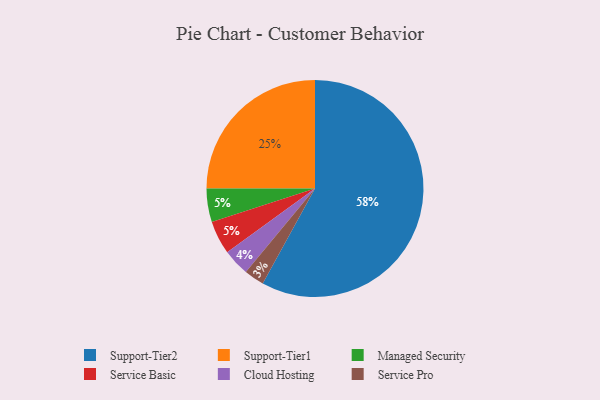
{"axis": {"x": "Category", "y": "Percentage"}, "legend": ["Cloud Hosting", "Managed Security", "Service Basic", "Service Pro", "Support-Tier1", "Support-Tier2"], "data": [{"x": "Cloud Hosting", "y": 4, "type": "Cloud Hosting"}, {"x": "Managed Security", "y": 5, "type": "Managed Security"}, {"x": "Support-Tier1", "y": 25, "type": "Support-Tier1"}, {"x": "Support-Tier2", "y": 58, "type": "Support-Tier2"}, {"x": "Service Basic", "y": 5, "type": "Service Basic"}, {"x": "Service Pro", "y": 3, "type": "Service Pro"}]}